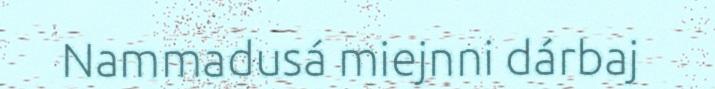
Nammadusá miejnni dárbaj